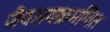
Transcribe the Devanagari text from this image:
जैवअवक्रमणित